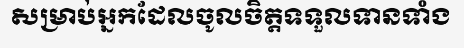
សម្រាប់អ្នកដែលចូលចិត្តទទួលទានទាំង